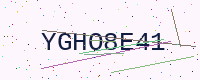
Text: YGHO8E41